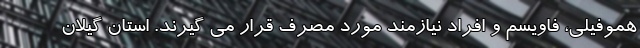
هموفیلی، فاویسم و افراد نیازمند مورد مصرف قرار می گیرند. استان گیلان